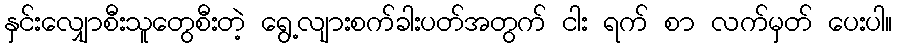
နှင်းလျှောစီးသူတွေစီးတဲ့ ရွေ့လျားစက်ခါးပတ်အတွက် ငါး ရက် စာ လက်မှတ် ပေးပါ။